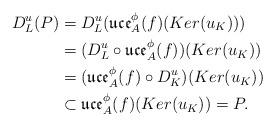
LaTeX: \begin{align*}D_L^u(P)&=D_L^u(\mathfrak{uce}^{\phi}_A(f)(Ker(u_K)))\\&=(D_L^u\circ\mathfrak{uce}^{\phi}_A(f))(Ker(u_K))\\&=(\mathfrak{uce}^{\phi}_A(f)\circ D_K^u)(Ker(u_K))\\&\subset \mathfrak{uce}^{\phi}_A(f)(Ker(u_K))=P.\end{align*}